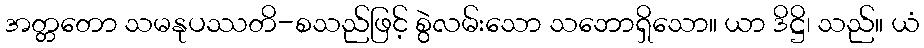
အတ္တတော သမနုပဿတိ-စသည်ဖြင့် စွဲလမ်းသော သဘောရှိသော။ ယာ ဒိဋ္ဌိ၊ သည်။ ယံ